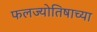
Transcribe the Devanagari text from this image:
फलज्योतिषाच्या